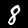
Label: 8